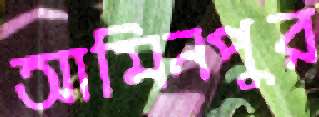
আমিনপুর